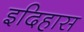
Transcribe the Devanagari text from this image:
इदिहास